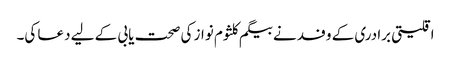
اقلیتی برادری کے وفد نے بیگم کلثوم نواز کی صحت یابی کے لیے دعا کی۔